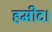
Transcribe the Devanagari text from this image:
हमीद।